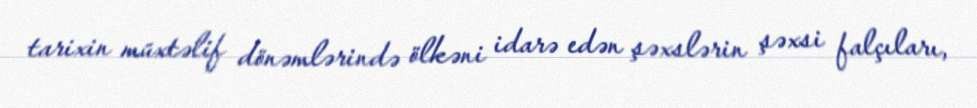
tarixin müxtəlif dönəmlərində ölkəni idarə edən şəxslərin şəxsi falçıları,